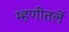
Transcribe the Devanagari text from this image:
म्हणीतलें